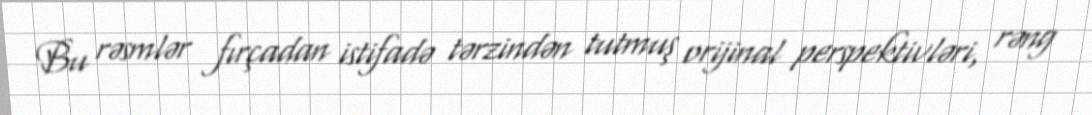
Bu rəsmlər fırçadan istifadə tərzindən tutmuş orijinal perspektivləri, rəng